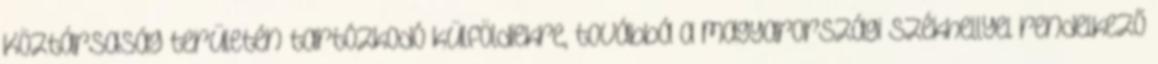
Köztársaság területén tartózkodó külföldiekre, továbbá a magyarországi székhellyel rendelkező